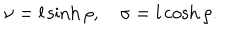
LaTeX: \nu = l \sinh \rho , \sigma = l \cosh \rho .